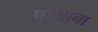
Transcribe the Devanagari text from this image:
पट्याना